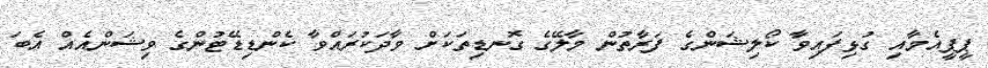
ޕީޕީއެމާއި ގުޅިފައިވާ ކޯލިޝަންގެ ފަރާތުން މާލޭގެ ގޮނޑިތަކަށް ވާދަކުރައްވާ ކެންޑިޑޭޓުންގެ ވިޝަންއެއް އެބަ